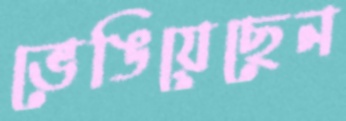
ভেঙিয়েছেন